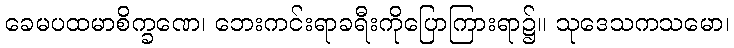
ခေမပထမာစိက္ခဏေ၊ ဘေးကင်းရာခရီးကိုပြောကြားရာ၌။ သုဒေသကသမော၊